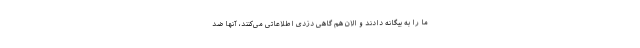
ما را به بیگانه دادند و الان هم گاهی دزدی اطلاعاتی می‌کنند، آنها ضد